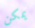
يمكن